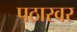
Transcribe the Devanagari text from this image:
पठारवर